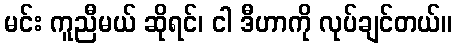
မင်း ကူညီမယ် ဆိုရင်၊ ငါ ဒီဟာကို လုပ်ချင်တယ်။